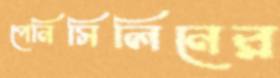
পেনিসিলিনের